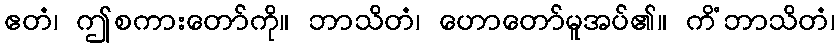
ဧတံ၊ ဤစကားတော်ကို။ ဘာသိတံ၊ ဟောတော်မူအပ်၏။ ကိံဘာသိတံ၊